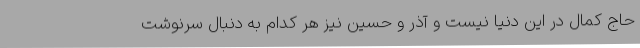
حاج کمال در این دنیا نیست و آذر و حسین نیز هر کدام به دنبال سرنوشت